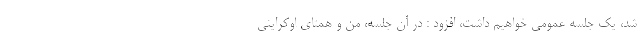
شد، یک جلسه عمومی خواهیم داشت، افزود : در آن جلسه، من و همتای اوکراینی